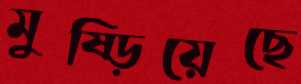
মুষ্‌ড়িয়েছে